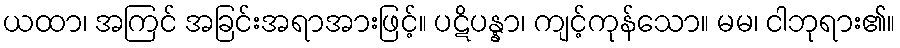
ယထာ၊ အကြင် အခြင်းအရာအားဖြင့်။ ပဋိပန္နာ၊ ကျင့်ကုန်သော။ မမ၊ ငါဘုရား၏။